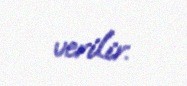
verilir.